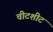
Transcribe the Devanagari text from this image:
चीटशीट